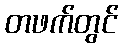
တဖက်တွင်